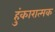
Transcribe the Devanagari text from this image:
हुंकारात्मक